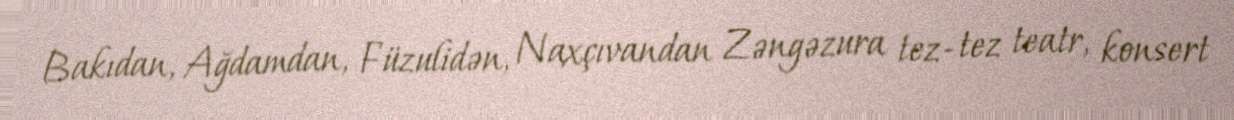
Bakıdan, Ağdamdan, Füzulidən, Naxçıvandan Zəngəzura tez- tez teatr, konsert